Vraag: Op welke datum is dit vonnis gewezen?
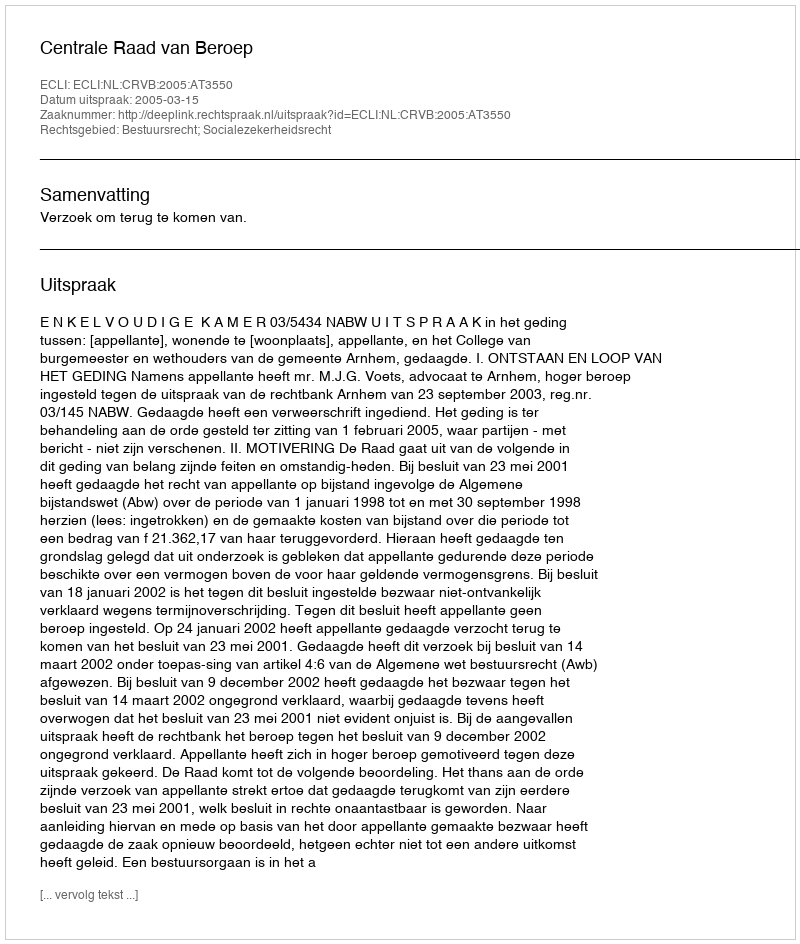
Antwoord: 2005-03-15